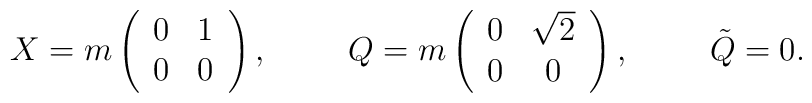
X = m \left(\begin{array}{cc}    0 & 1 \\    0 & 0 \end{array} \right), \hspace{1cm}Q = m \left(\begin{array}{cc}    0 & \sqrt{2} \\    0 & 0 \end{array} \right), \hspace{1cm} \tilde{Q} =0.